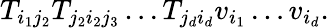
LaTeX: T_{i_{1}j_{2}}T_{j_{2}i_{2}j_{3}}\ldots T_{j_{d}i_{d}}v_{i_{1}}\ldots v_{i_{d}}.